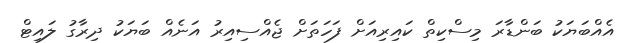
އެއްބަޔަކު ބަންޑާރަ މިސްކިތް ކައިރިއަށް ފަހަތަށް ޖެއްސިއިރު އަނެއް ބަޔަކު ދިރާގު ލައިޓް